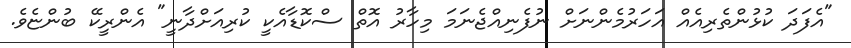
"އެފަދަ ކުޅުންތެރިއެއް އަހަރުމެންނަށް ނުފެނިއްޖެނަމަ މިހާރު އޮތް ސްކޮޑާއެކީ ކުރިއަށްދާނީ" އެންރީކޭ ބުންޏެވެ.